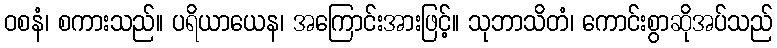
ဝစနံ၊ စကားသည်။ ပရိယာယေန၊ အကြောင်းအားဖြင့်။ သုဘာသိတံ၊ ကောင်းစွာဆိုအပ်သည်